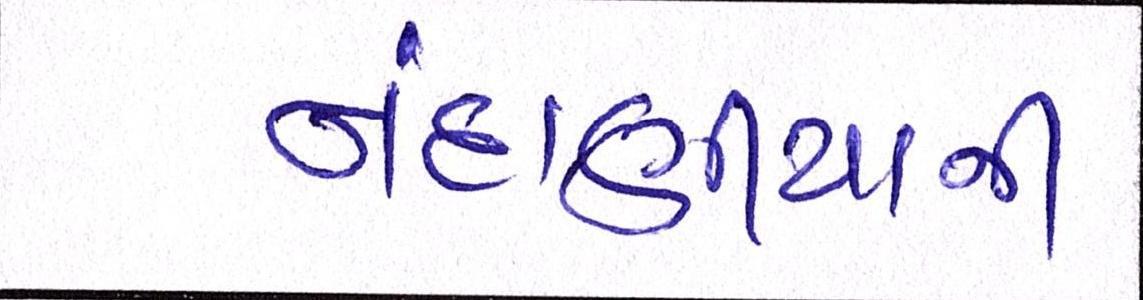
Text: નંદાણીયાની